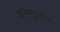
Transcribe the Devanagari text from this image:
यान्क्युइत्लान